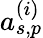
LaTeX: a_{s,p}^{(i)}